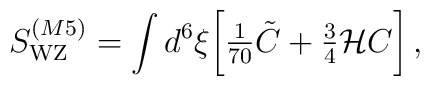
S_{\rm WZ}^{(M5)} = \int d^6\xi \biggl [{\textstyle {1\over 70}}\tilde {C} +{\textstyle {3\over 4}} {\cal H}C\biggr ]\, ,